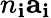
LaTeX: n_{\mathbf{i}}\mathbf{{a}}_{\mathbf{i}}